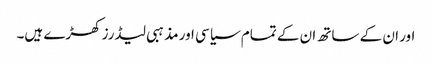
اور ان کے ساتھ ان کے تمام سیاسی اور مذہبی لیڈرز کھڑے ہیں۔